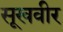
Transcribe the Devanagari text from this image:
सूखवीर